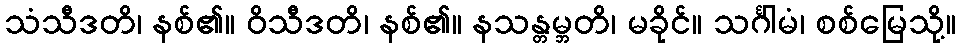
သံသီဒတိ၊ နစ်၏။ ဝိသီဒတိ၊ နစ်၏။ နသန္တမ္ဘတိ၊ မခိုင်။ သင်္ဂါမံ၊ စစ်မြေသို့။